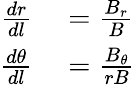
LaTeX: \begin{array}{rl}{\frac{dr}{dl}}&{{}=\frac{B_{r}}{B}}\\ {\frac{d\theta}{dl}}&{{}=\frac{B_{\theta}}{rB}}\end{array}